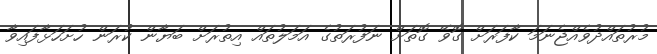
މުރުތައްދުވެއްޖެނަމަ ކާފަރަށް ގޮވޭ ގޮތަށް ނަފުރަތުގެ އަމަލުތައް އިތުރަށް ބަޔާން ކުރަން ހުށަހަޅާފައިވާ